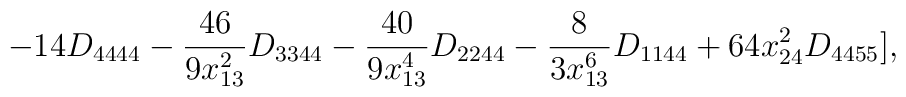
- 14 D_{4444} - \frac{46}{9 x_{13}^{2}} D_{3344} - \frac{40}{9 x_{13}^{4}} D_{2244} - \frac{8}{3 x_{13}^{6}} D_{1144} + 64 x_{24}^{2}D_{4455}],